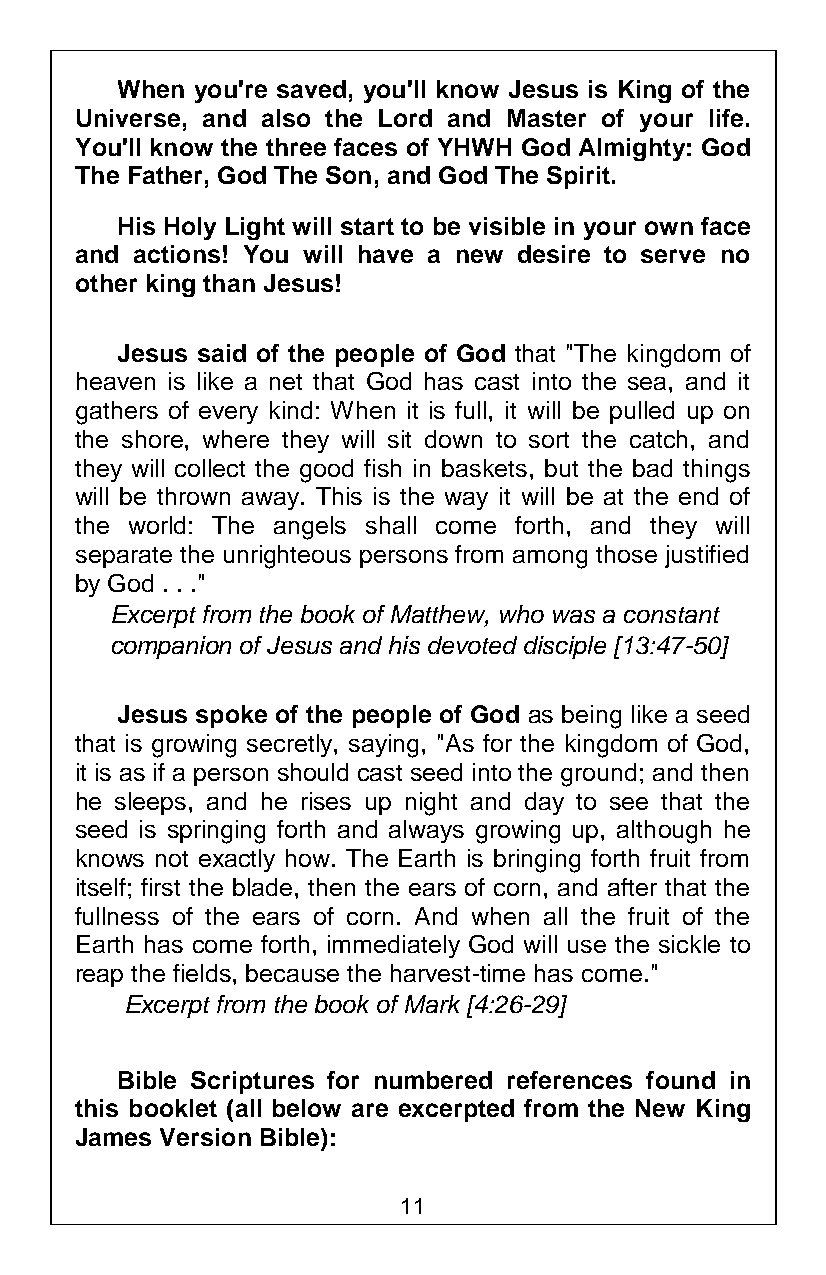
When you're saved, you'll know Jesus is King of the
 Universe, and also the Lord and Master of your life.
 You'll know the three faces of YHWH God Almighty: God
 The Father, God The Son, and God The Spirit.
 His Holy Light will start to be visible in your own face
 and actions! You will have a new desire to serve no
 other king than Jesus!
 Jesus said of the people of God that "The kingdom of
 heaven is like a net that God has cast into the sea, and it
 gathers of every kind: When it is full, it will be pulled up on
 the shore, where they will sit down to sort the catch, and
 they will collect the good fish in baskets, but the bad things
 will be thrown away. This is the way it will be at the end of
 the world: The angels shall come forth, and they will
 separate the unrighteous persons from among those justified
 by God . . ."
 Excerpt from the book of Matthew, who was a constant
 companion of Jesus and his devoted disciple [13:47-50]
 Jesus spoke of the people of God as being like a seed
 that is growing secretly, saying, "As for the kingdom of God,
 it is as if a person should cast seed into the ground; and then
 he sleeps, and he rises up night and day to see that the
 seed is springing forth and always growing up, although he
 knows not exactly how. The Earth is bringing forth fruit from
 itself; first the blade, then the ears of corn, and after that the
 fullness of the ears of corn. And when all the fruit of the
 Earth has come forth, immediately God will use the sickle to
 reap the fields, because the harvest-time has come."
 Excerpt from the book of Mark [4:26-29]
 Bible Scriptures for numbered references found in
 this booklet (all below are excerpted from the New King
 James Version Bible):
 11